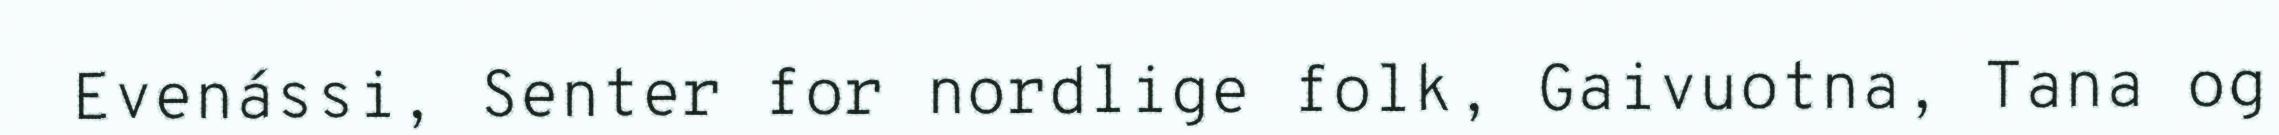
Evenássi, Senter for nordlige folk, Gaivuotna, Tana og